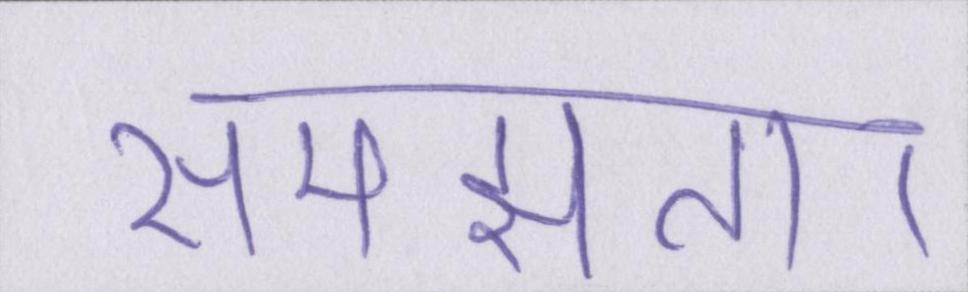
समझता।